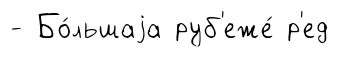
- Бо́льшаjа руб'еже́ р'ед